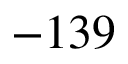
- 1 3 9